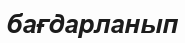
бағдарланып